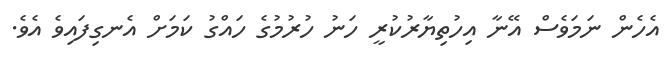
އެހެން ނަމަވެސް އޭނާ އިހުތިޔާރުކުރީ ހަނު ހުރުމުގެ ހައްގު ކަމަށް އެނގިފައިވެ އެވެ.